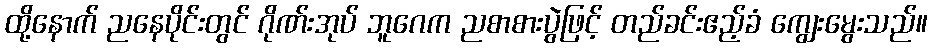
ထို့နောက် ညနေပိုင်းတွင် ဂိုဏ်းအုပ် ဘူဂေက ညစာစားပွဲဖြင့် တည်ခင်းဧည့်ခံ ကျွေးမွေးသည်။